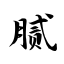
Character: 腻